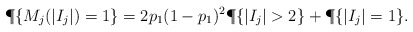
\begin{align*}\P \{M_{j}(|I_j|) =1 \}= 2p_1(1-p_1)^2\P \{|I_j|>2 \} + \P \{|I_j|=1\}.\end{align*}